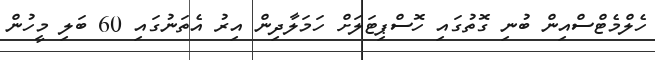
ހެލްމެޓްސްއިން ބުނި ގޮތުގައި ހޮސްޕިޓަލަށް ހަމަލާދިން އިރު އެތަނުގައި 60 ބަލި މީހުން